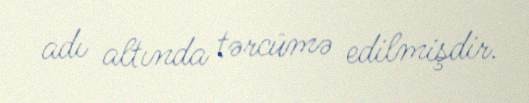
adı altında tərcümə edilmişdir.